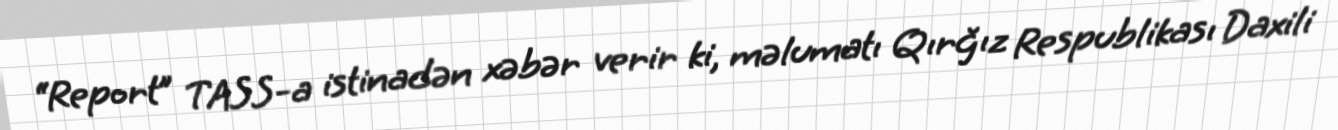
“Report” TASS-a istinadən xəbər verir ki, məlumatı Qırğız Respublikası Daxili